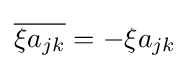
{\overline {\xi a_{jk}}}=-\xi a_{jk}